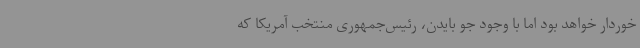
خوردار خواهد بود اما با وجود جو بایدن، رئیس‌جمهوری منتخب آمریکا که